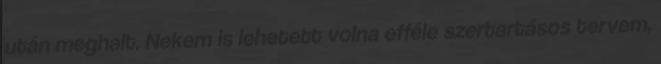
után meghalt. Nekem is lehetett volna efféle szertartásos tervem,